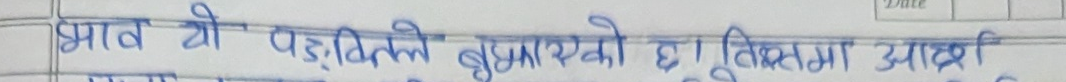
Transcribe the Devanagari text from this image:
भाव यो पद्धति बुझाएको हुत्तिकामा आदश्री